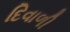
દિવાળી